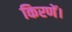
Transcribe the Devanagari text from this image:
किरणें।